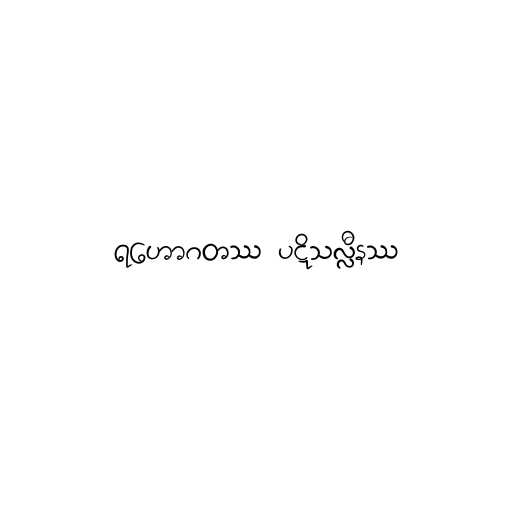
ရဟောဂတဿ ပဋိသလ္လီနဿ